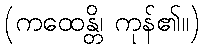
(ကထေန္တိ၊ ကုန်၏။)